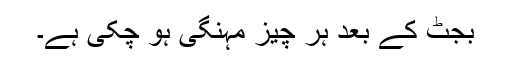
بجٹ کے بعد ہر چیز مہنگی ہو چکی ہے۔